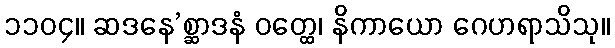
၁၁၀၄။ ဆဒနေ’စ္ဆာဒနံ ဝတ္ထေ၊ နိကာယော ဂေဟရာသိသု။